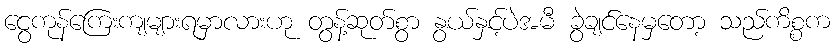
ငွေကုန်ကြေးကျများရမှာလားဟု တွန့်ဆုတ်စွာ နွယ်နှင့်ပဲအမီ ခွဲချင်နေမှတော့ သည်ကိစ္စက